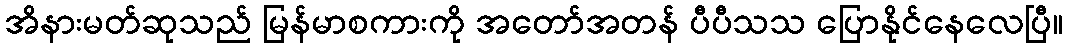
အိနားမတ်ဆုသည် မြန်မာစကားကို အတော်အတန် ပီပီသသ ပြောနိုင်နေလေပြီ။